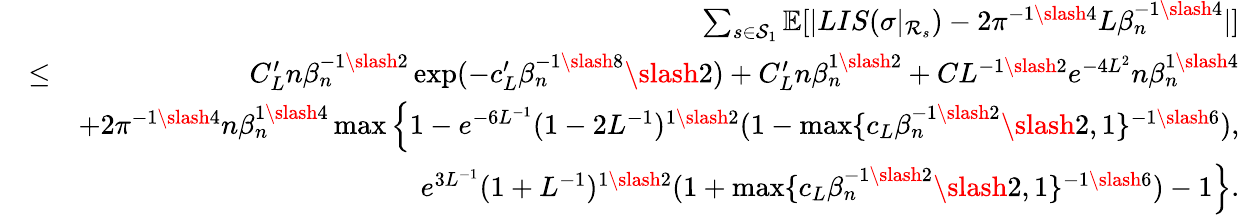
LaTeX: \begin{array}{rlr}&{}&{\sum_{s\in\mathcal{S}_{1}}\mathbb{E}[|LIS(\sigma|_{\mathcal{R}_{s}})-2\pi^{-1\slash 4}L\beta_{n}^{-1\slash 4}|]}\\ &{\leq}&{C_{L}^{\prime}n\beta_{n}^{-1\slash 2}\exp(-c_{L}^{\prime}\beta_{n}^{-1\slash 8}\slash 2)+C_{L}^{\prime}n\beta_{n}^{1\slash 2}+CL^{-1\slash 2}e^{-4L^{2}}n\beta_{n}^{1\slash 4}}\\ &{}&{+2\pi^{-1\slash 4}n\beta_{n}^{1\slash 4}\operatorname*{max}\Big\{ 1-e^{-6L^{-1}}(1-2L^{-1})^{1\slash 2}(1-\operatorname*{max}\{ c_{L}\beta_{n}^{-1\slash 2}\slash 2,1\} ^{-1\slash 6}),}\\ &{}&{\quad\quad\quad\quad\quad\quad e^{3L^{-1}}(1+L^{-1})^{1\slash 2}(1+\operatorname*{max}\{ c_{L}\beta_{n}^{-1\slash 2}\slash 2,1\} ^{-1\slash 6})-1\Big\} .}\end{array}